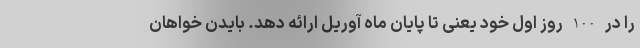
را در 100 روز اول خود یعنی تا پایان ماه آوریل ارائه دهد. بایدن خواهان